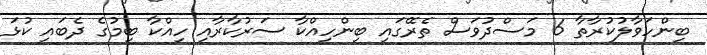
ބިންހަވާލުކުރާތާ 6 މަސްދުވަސް ތެރޭގައި ބިންހިއްކާ ސަރުކާރާއި ހިއްކާ ބިމުގެ ދެބައި ކުޅަ